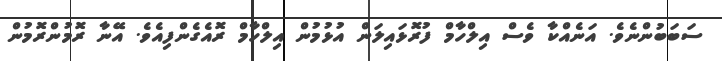
ސަބަބުންނެވެ. އަނެއްކާ ވެސް އިލްހާމް ފުރޮޅައިލަން އުޅުމުން އިލްހާމް ރޮއެގެންފިއެވެ. އޭނާ ރޮމުންރޮމުން